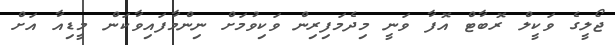
ޖޯލީގެ ވަކީލް ރޮބާޓް އޮފާ ވަނީ މިދެމަފިރިން ވަކިވުމަށް ނިންމާފައިވާކަން މީޑިއާ އަށް